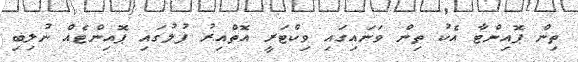
ތިން ޕޮއިންޓާ އެކު ތިން ވަނައިގައި ވިކްޓަރީ އޮތްއިރު ފުލުގައި ޕޮއިންޓެއް ނުލިބި